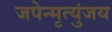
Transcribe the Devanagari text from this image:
जपेन्मृत्युंजय